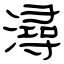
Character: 潯